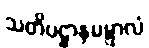
သတိပဋ္ဌာနမဋ္ဋာလံ